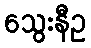
သွေးနီဥ